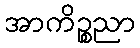
အာကိဉ္စညာ